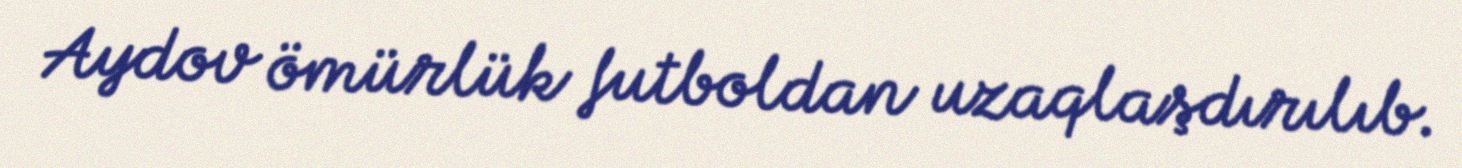
Aydov ömürlük futboldan uzaqlaşdırılıb.